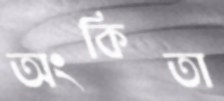
অংকিতা